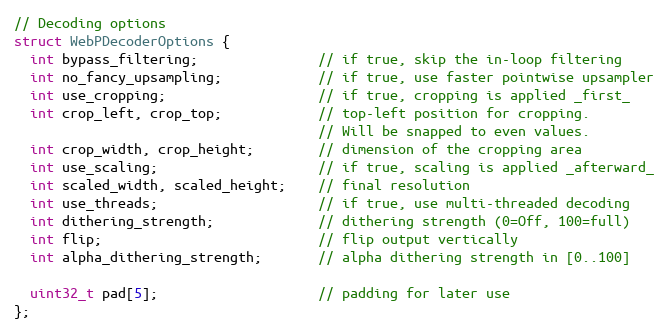
Language: C
// Decoding options
struct WebPDecoderOptions {
  int bypass_filtering;               // if true, skip the in-loop filtering
  int no_fancy_upsampling;            // if true, use faster pointwise upsampler
  int use_cropping;                   // if true, cropping is applied _first_
  int crop_left, crop_top;            // top-left position for cropping.
                                      // Will be snapped to even values.
  int crop_width, crop_height;        // dimension of the cropping area
  int use_scaling;                    // if true, scaling is applied _afterward_
  int scaled_width, scaled_height;    // final resolution
  int use_threads;                    // if true, use multi-threaded decoding
  int dithering_strength;             // dithering strength (0=Off, 100=full)
  int flip;                           // flip output vertically
  int alpha_dithering_strength;       // alpha dithering strength in [0..100]

  uint32_t pad[5];                    // padding for later use
};